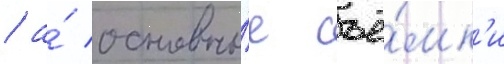
/ а́ основны́е съё́мк'и